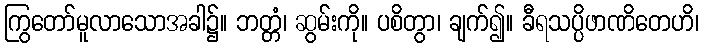
ကြွတော်မူလာသောအခါ၌။ ဘတ္တံ၊ ဆွမ်းကို။ ပစိတွာ၊ ချက်၍။ ခီရသပ္ပိဖာဏိတေဟိ၊